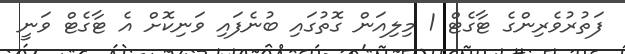
ފަތުރުވެރިންގެ ޓާގެޓް 1 މިލިއަން ގޮތުގައި ބުނެފައި ވަނިކޮށް އެ ޓާގެޓް ވަނީ